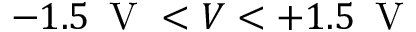
- 1 . 5 \, \mathrm { ~ V ~ } < V < + 1 . 5 \, \mathrm { ~ V ~ }